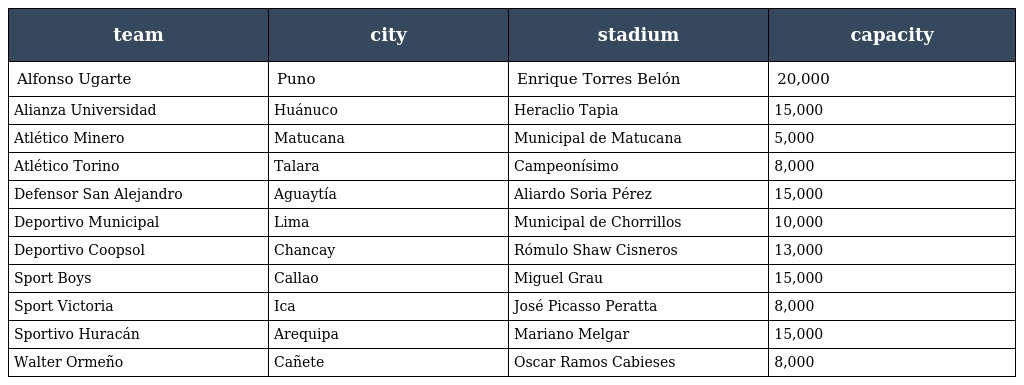
| team | city | stadium | capacity |
 | --- | --- | --- | --- |
 | Alfonso Ugarte | Puno | Enrique Torres Belón | 20,000 |
 | Alianza Universidad | Huánuco | Heraclio Tapia | 15,000 |
 | Atlético Minero | Matucana | Municipal de Matucana | 5,000 |
 | Atlético Torino | Talara | Campeonísimo | 8,000 |
 | Defensor San Alejandro | Aguaytía | Aliardo Soria Pérez | 15,000 |
 | Deportivo Municipal | Lima | Municipal de Chorrillos | 10,000 |
 | Deportivo Coopsol | Chancay | Rómulo Shaw Cisneros | 13,000 |
 | Sport Boys | Callao | Miguel Grau | 15,000 |
 | Sport Victoria | Ica | José Picasso Peratta | 8,000 |
 | Sportivo Huracán | Arequipa | Mariano Melgar | 15,000 |
 | Walter Ormeño | Cañete | Oscar Ramos Cabieses | 8,000 |